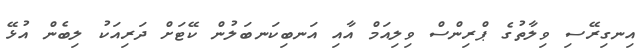
އިނގިރޭސި ވިލާތުގެ ޕްރިންސް ވިލިއަމް އާއި އަނބިކަނބަލުން ކޭޓަށް ދަރިއަކު ލިބެން އުޅޭ